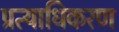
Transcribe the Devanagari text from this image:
प्रत्याधिकरण